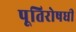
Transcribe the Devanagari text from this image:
पूतिरोषधी